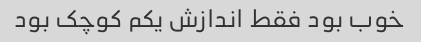
خوب بود فقط اندازش یکم کوچک بود